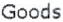
GOODS